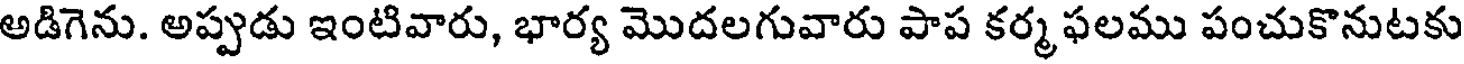
అడిగెను. అప్పుడు ఇంటివారు, భార్య మొదలగువారు పాప కర్మ ఫలము పంచుకొనుటకు